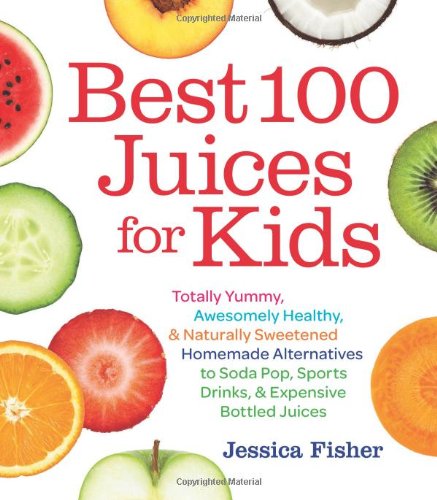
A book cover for Best 100 Juices for Kids: Totally Yummy, Awesomely Healthy, & Naturally Sweetened Homemade Alternatives to Soda Pop, Sports Drinks, and Expensive Bottled Juices; Jessica Fisher; Cookbooks, Food & Wine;